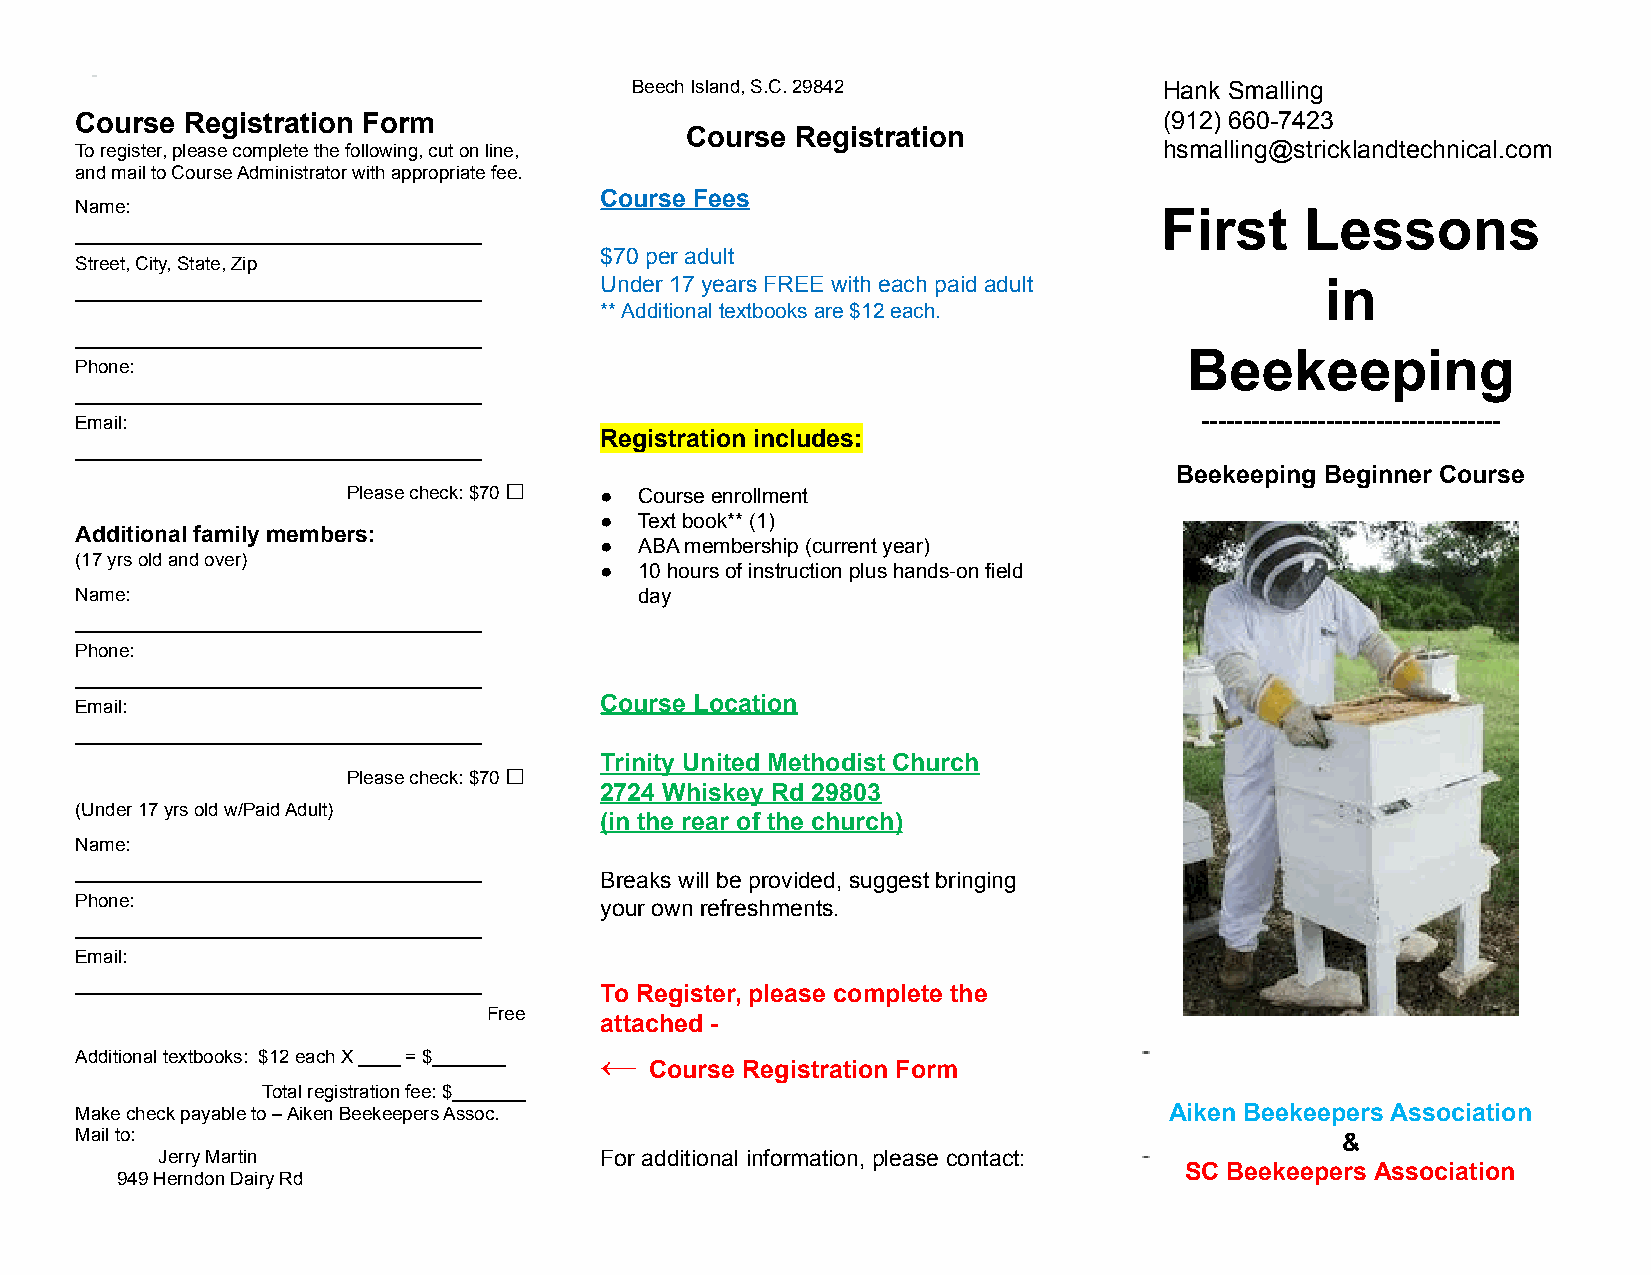
Beech Island, S.C. 29842           Hank Smalling
 Course Registration Form                                                (912) 660-7423
 Course  Registration
 To register, please complete the following, cut on line,                hsmalling@stricklandtechnical.com
 and mail to Course Administrator with appropriate fee.
 Course Fees
 Name:                                                                   First    Lessons
 _______________________________________
 $70 per adult
 Street, City, State, Zip
 Under 17 years FREE with each paid adult        in
 _______________________________________
 ** Additional textbooks are $12 each.
 _______________________________________
 Beekeeping
 Phone:
 _______________________________________
 Email:                                                                    ------------------------------------
 Registration includes:
 _______________________________________
 Beekeeping Beginner Course
 □
 Please check: $70 ● Course enrollment
 ● Text book** (1)
 Additional family members:
 ● ABA membership (current year)
 (17 yrs old and over)
 ● 10 hours of instruction plus hands-on field
 Name:                                day
 _______________________________________
 Phone:
 _______________________________________
 Course Location
 Email:
 _______________________________________
 □      Trinity United Methodist Church
 Please check: $70
 2724 Whiskey Rd 29803
 (Under 17 yrs old w/Paid Adult)
 (in the rear of the church)
 Name:
 _______________________________________ Breaks will be provided, suggest bringing
 Phone:                             your own refreshments.
 _______________________________________
 Email:
 _______________________________________ To Register, please complete the
 Free
 attached -
 Additional textbooks: $12 each X ____ = $_______ ←
 Course Registration Form
 Total registration fee: $_______
 Make check payable to – Aiken Beekeepers Assoc.                         Aiken Beekeepers Association
 Mail to:                                                                            &
 Jerry Martin                  For additional information, please contact:
 SC Beekeepers Association
 949 Herndon Dairy Rd